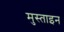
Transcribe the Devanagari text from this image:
मुस्ताइन